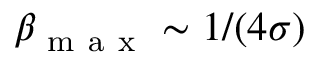
\beta _ { \mathrm { ~ m ~ a ~ x ~ } } \sim 1 / ( 4 \sigma )